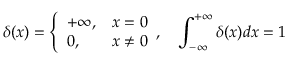
\delta ( x ) = \left\{ \begin{array} { l l } { + \infty , } & { x = 0 } \\ { 0 , } & { x \neq 0 } \end{array} , \quad \int _ { - \infty } ^ { + \infty } \delta ( x ) d x = 1 \right.